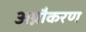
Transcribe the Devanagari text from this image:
अग्नौकरण